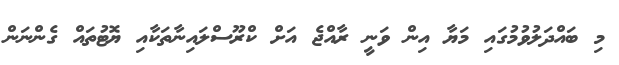
މި ބައްދަލުވުމުގައި މަޔާ އިން ވަނީ ރާއްޖެ އަށް ކްރޫސްލައިނާތަކާއި ޔޮޓުތައް ގެންނަން